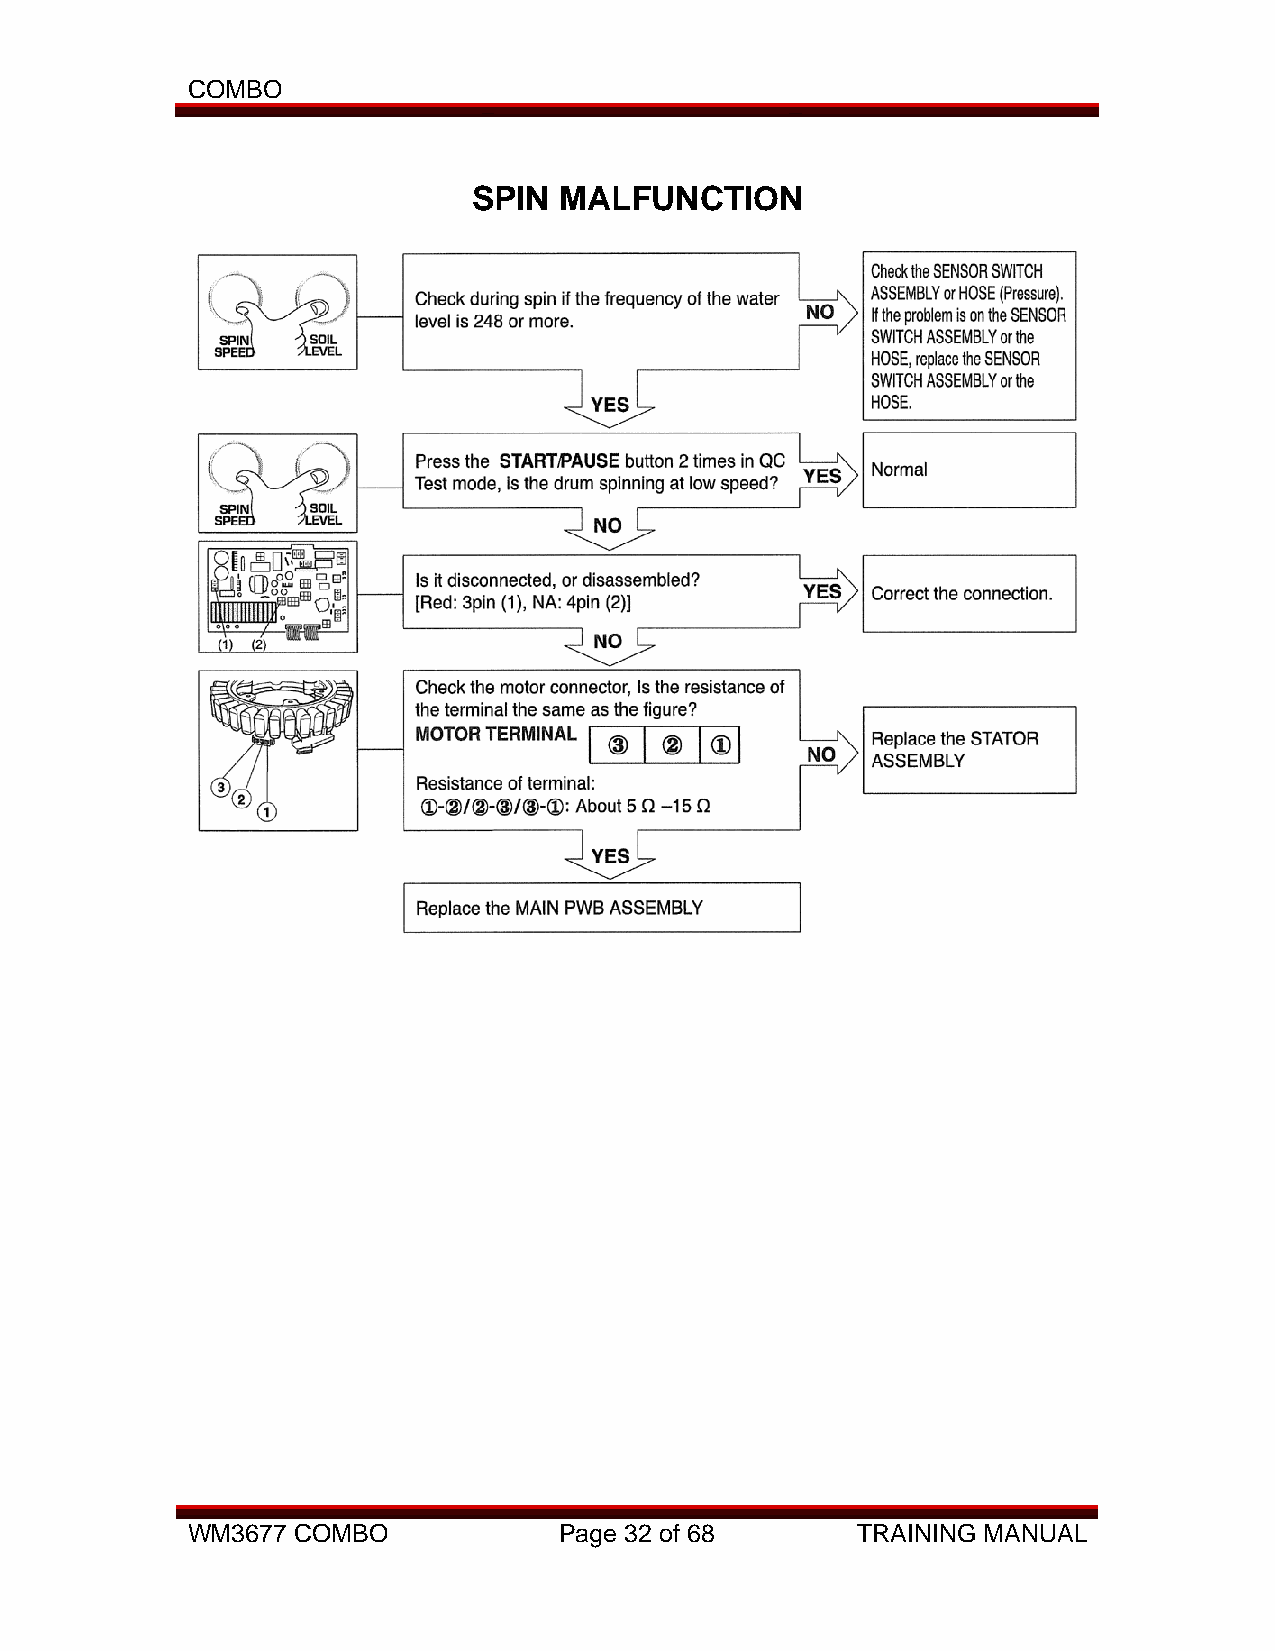
COMBO
 SPIN  MALFUNCTION
 WM3677 COMBO             Page 32 of 68       TRAINING MANUAL